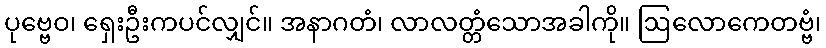
ပုဗ္ဗေဝ၊ ရှေးဦးကပင်လျှင်။ အနာဂတံ၊ လာလတ္တံသောအခါကို။ ဩလောကေတဗ္ဗံ၊